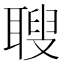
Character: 䏂